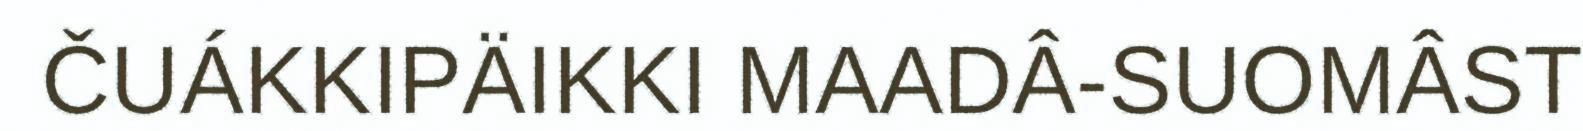
ČUÁKKIPÄIKKI MAADÂ-SUOMÂST